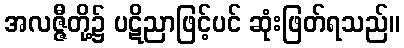
အလဇ္ဇီတို့၌ ပဋိညာဖြင့်ပင် ဆုံးဖြတ်ရသည်။